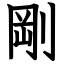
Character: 剛